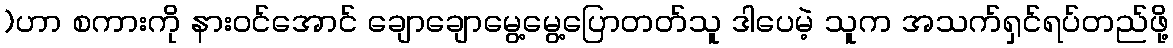
)ဟာ စကားကို နားဝင်အောင် ချောချောမွေ့မွေ့ပြောတတ်သူ ဒါပေမဲ့ သူက အသက်ရှင်ရပ်တည်ဖို့